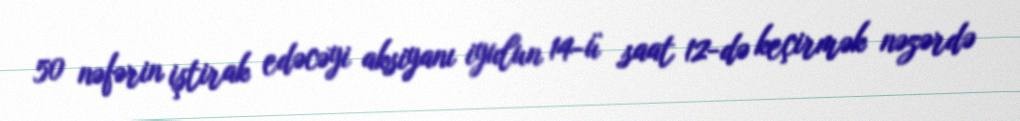
50 nəfərin iştirak edəcəyi aksiyanı iyulun 14-ü saat 12-də keçirmək nəzərdə